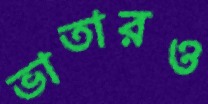
ভাতারও